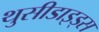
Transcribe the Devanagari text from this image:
थुसीडाइड्स